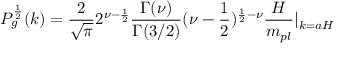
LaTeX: P _ { g } ^ { \frac { 1 } { 2 } } ( k ) = \frac { 2 } { \sqrt { \pi } } 2 ^ { \nu - \frac { 1 } { 2 } } \frac { \Gamma ( \nu ) } { \Gamma ( 3 / 2 ) } ( \nu - \frac { 1 } { 2 } ) ^ { \frac { 1 } { 2 } - \nu } \frac { H } { m _ { p l } } | _ { k = a H }